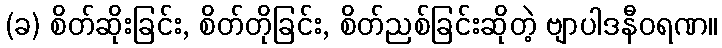
(ခ) စိတ်ဆိုးခြင်း, စိတ်တိုခြင်း, စိတ်ညစ်ခြင်းဆိုတဲ့ ဗျာပါဒနီဝရဏ။